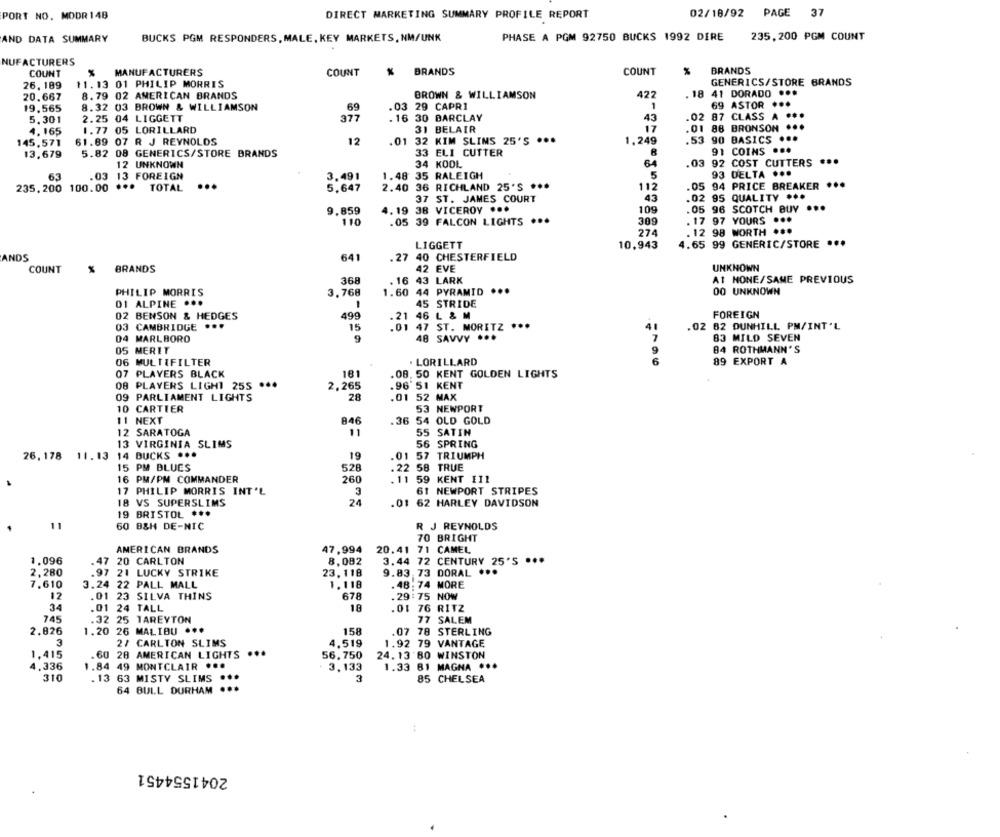
PORT NO. MODR 148
DIRECT MARKETING SUMMARY PROFILE REPORT
02/18/92 PAGE 37
AND DATA SUMMARY
BUCKS PGM RESPONDERS, MALE, KEY MARKETS, NM/UNK
PHASE A PGM 92750 BUCKS 1992 DIRE
235,200 PGM COUNT
NUFACTURERS
COUNT
MANUFACTURERS
COUNT
BRANDS
COUNT
BRANDS
26. 189
11.13 01 PHILIP MORRIS
GENERICS/STORE BRANDS
20.667
8.79 02 AMERICAN BRANDS
BROWN & WILLIAMSON
422
18 41 DORADO .
19.565
8.32 03 BROWN & WILLIAMSON
69
.03 29 CAPRI
1
69 ASTOR
5.301
2.25 04 LIGGETT
377
. 16 30 BARCLAY
43
.02 87 CLASS
A
4.165
1.77 05 LORILLARD
31 BELAIR
17
.01 88 BRONSON
145,571
61.69 07 R J REYNOLDS
12
.01 32 KIM SLIMS 25'S ...
1,249
.53
90 BASICS
8
91 COINS
13,679
5.82 08 GENERICS/STORE BRANDS
33 ELI CUTTER
12 UNKNOWN
34 KOOL
64
.03
92 COST CUTTERS ...
63
.03 13 FOREIGN
1.48 35 RALEIGH
5
93 DELTA ...
...
3.491
2.40 36 RICHLAND 25'S ***
112
.05 94 PRICE BREAKER ...
235.200 100.00
...
TOTAL
5.647
37 ST. JAMES COURT
43
.02 95 QUALITY **
9.859
4.19 38 VICEROY ...
109
.05 96 SCOTCH BUY
....
...
110
.05 39 FALCON LIGHTS
309
. 17 97 YOURS
274
. 12 98 WORTH
LIGGETT
4.65 99 GENERIC/STORE ***
10,943
ANDS
641
27 40 CHESTERFIELD
COUNT
% BRANDS
42 EVE
UNKNOWN
368
. 16
43 LARK
A1 NONE/SAME PREVIOUS
PHILIP MORRIS
3,768
1.60 44 PYRAMID ***
00 UNKNOWN
01 ALPINE ...
45 STRIDE
1
02 BENSON & HEDGES
499
.21
46 L & M
FOREIGN
03 CAMBRIDGE
...
15
.01
47 ST. MORITZ ...
.02 82 DUNHILL PM/INT'L
04 MARLBORO
48 SAVVY ...
83 MILD SEVEN
05 MERIT
84 ROTHMANN'S
06 MULTIFILTER
LORILLARD
89 EXPORT A
07 PLAYERS BLACK
181
.08. 50 KENT GOLDEN LIGHTS
08 PLAYERS LIGHT 255 ***
2,265
.96'51 KENT
09 PARLIAMENT LIGHTS
28
.01 52 MAX
10 CARTIER
53 NEWPORT
11 NEXT
846
.36 54 OLD GOLD
12 SARATOGA
11
55 SATIN
13 VIRGINIA SLIMS
56 SPRING
26,178 11.13
14 BUCKS ...
19
.01 57 TRIUMPH
15 PM BLUES
528
.22 58 TRUE
16 PM/PM COMMANDER
260
. 11 59 KENT 111
17 PHILIP MORRIS INT'L
3
61 NEWPORT STRIPES
18 VS SUPERSLIMS
24
.01 62 HARLEY DAVIDSON
19 BRISTOL ***
11
60 B&H DE-NIC
R J REYNOLDS
70 BRIGHT
AMERICAN BRANDS
47,994
20.41 71 CAMEL
1.096
.47
20 CARLTON
8,082
3.44 72 CENTURY 25'5 ***
2,280
.97 21 LUCKY STRIKE
23.118
9.83 73 DORAL ...
7.610
3.24 22 PALL MALL
1.118
.48: 74 MORE
12
.01 23 SILVA THINS
678
. 29 : 75 NOW
34
.01 24 TALL
18
.01 76 RITZ
745
.32 25 TAREYTON
77 SALEM
2.826
1.20 26 MALIBU ..
158
.07 78 STERLING
2/ CARLTON SLIMS
4.519
1.92 79 VANTAGE
.60 28 AMERICAN LIGHTS
...
56,750
1,415
24. 13 80 WINSTON
1.336
1.84 49 MONTCLAIR ...
3,133
1.33 81 MAGNA ***
310
. 13 63 MISTY SLIMS
3
85 CHELSEA
64 BULL DURHAM
2041554451